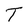
Character: T